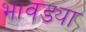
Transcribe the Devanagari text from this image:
भावड्या